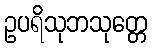
ဥပရိသုဘသုတ္တေ